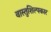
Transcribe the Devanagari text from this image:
वास्तुशिल्पकार